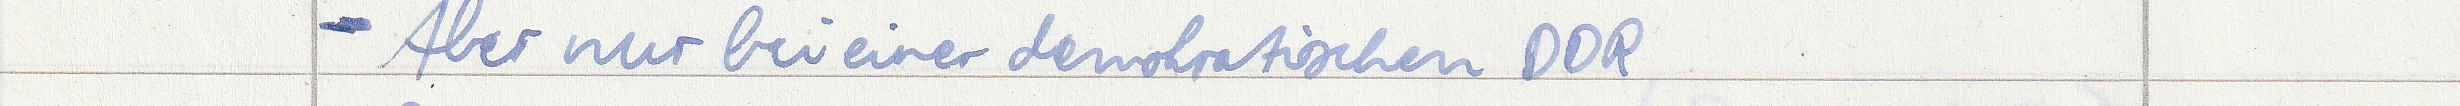
- Aber nur bei einer demokratischen DDR